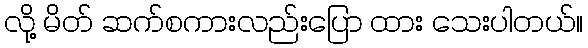
လို့ မိတ် ဆက်စကားလည်းပြော ထား သေးပါတယ်။